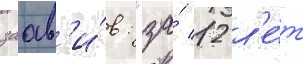
заав'и́в: "за́ 12 л'е́т